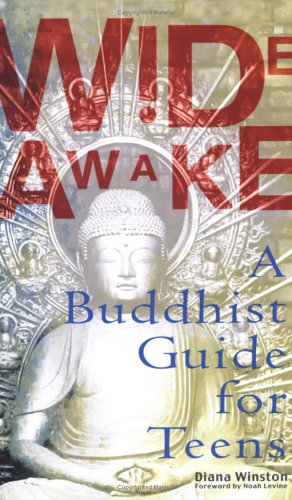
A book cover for Wide Awake: A Buddhist Guide for Teens; Diana Winston; Children's Books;